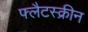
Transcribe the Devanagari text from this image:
फ्लैटस्क्रीन